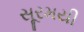
સૂરમયી